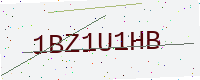
Text: 1BZ1U1HB